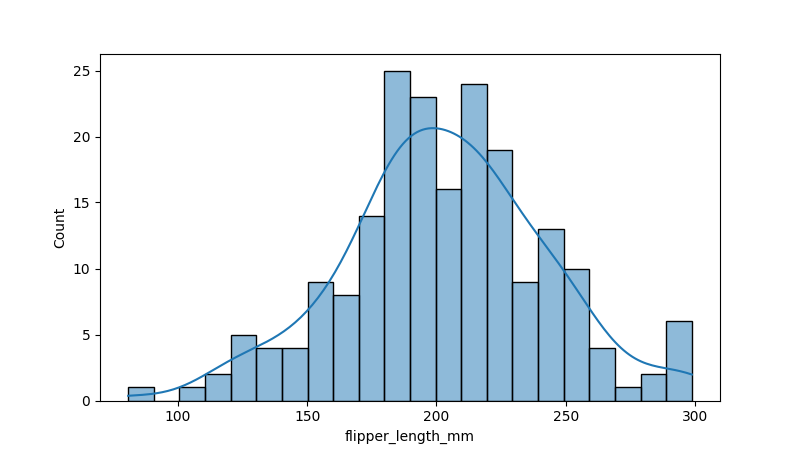
python, seaborn, histplot, hue='all', binwidth=10, bins='20', element='bars'